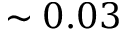
\sim 0 . 0 3